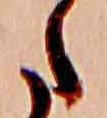
た